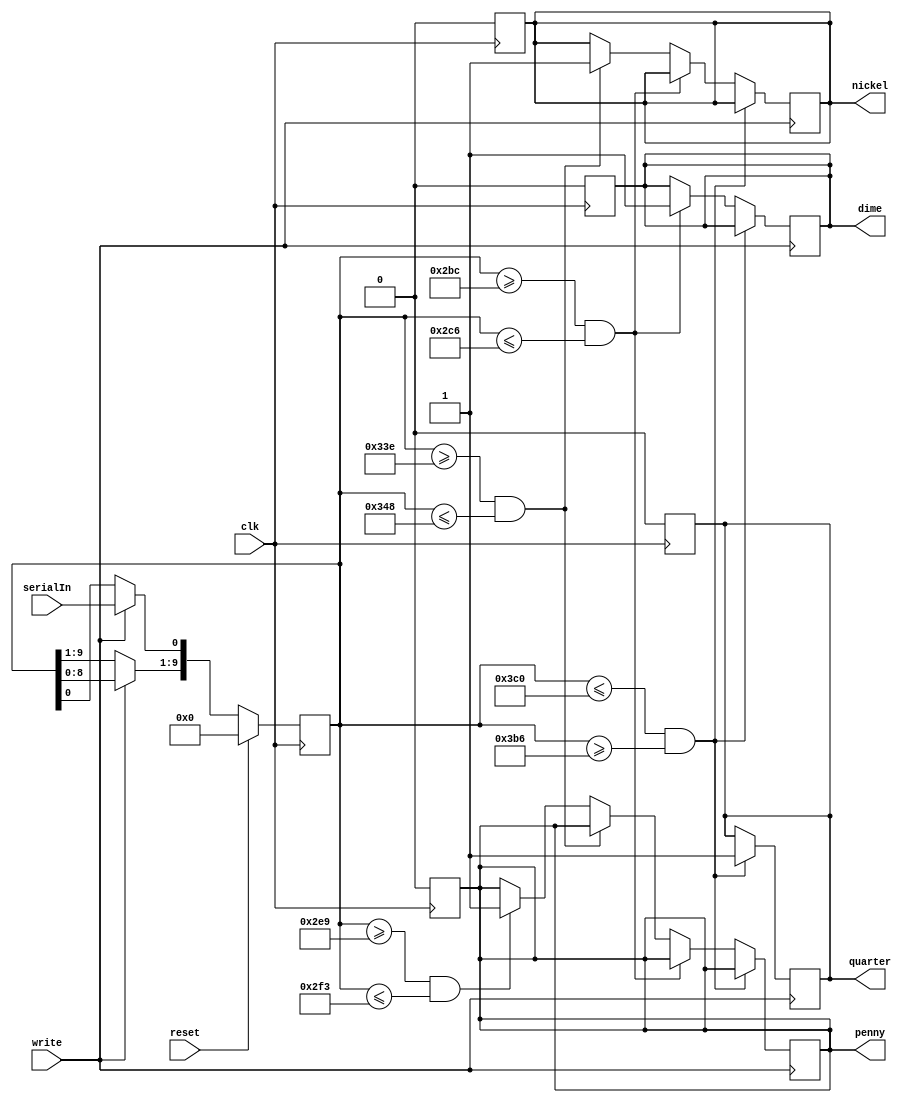
module coinSensor(clk, reset, serialIn, write, penny, nickel, dime, quarter);

input clk, reset, serialIn, write;
output reg penny, nickel, dime, quarter;
reg [9:0]diam;

initial begin
diam = 0;
end 

always@(posedge clk)
begin
	quarter <= 0;
	dime <=0;
	nickel <=0;
	penny <=0;
	if(reset)begin
		diam = 0;
	end else if(write)begin
		diam = diam << 1;
		diam[0] = serialIn;
	end
end
always@(negedge write)begin 
	if(diam <= 960 && diam >= 950) begin
			quarter = 1'b1;
	end else if(diam >= 700 && diam <= 710)begin
			dime = 1'b1;
	end else if(diam >= 830 && diam <= 840)begin
			nickel = 1'b1;
	end else if(diam >= 745 && diam <= 755) begin
			penny = 1'b1;
	end
end
endmodule